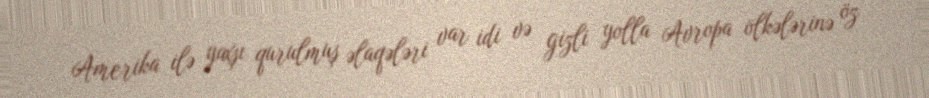
Amerika ilə yaxşı qurulmuş əlaqələri var idi və gizli yolla Avropa ölkələrinə öz